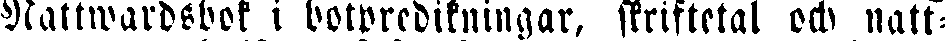
Nattwardsbok i botpredikningar, skriftetal och natt-